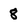
Character: 8